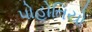
પોહોતિયો